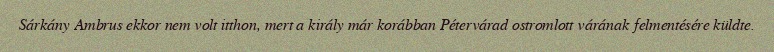
Sárkány Ambrus ekkor nem volt itthon, mert a király már korábban Pétervárad ostromlott várának felmentésére küldte.